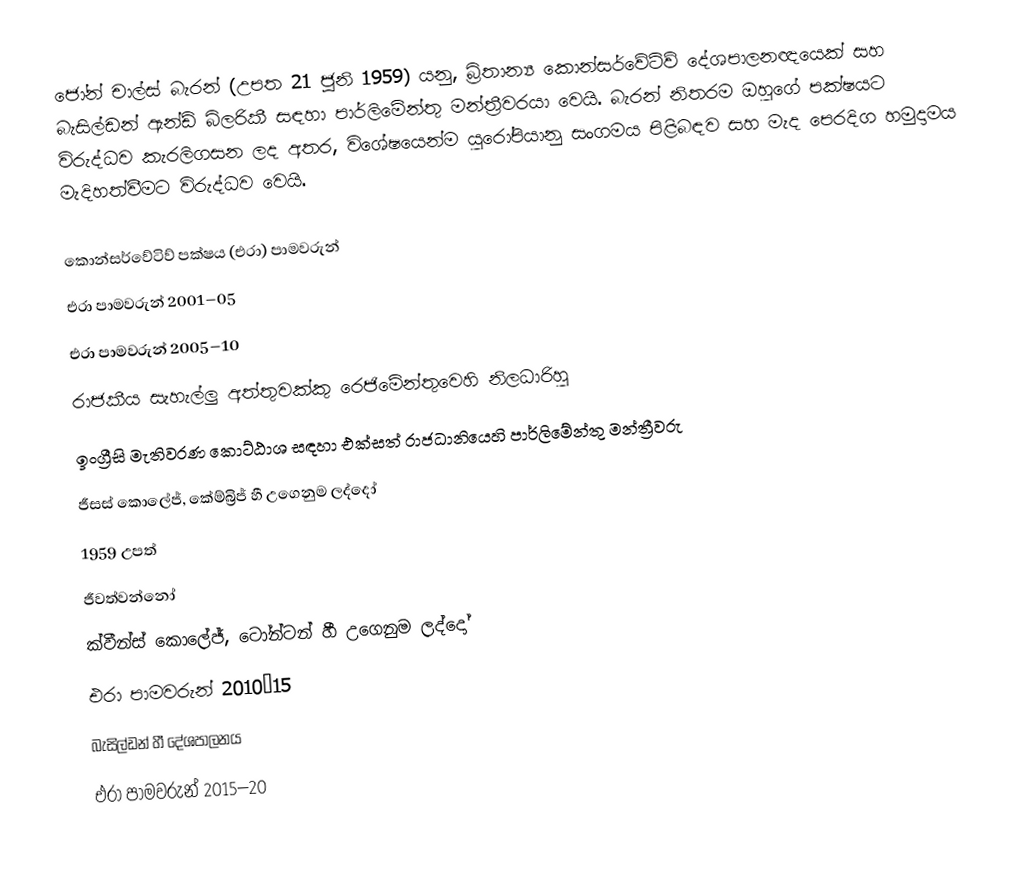
ජෝන් චාල්ස් බැරන් (උපත 21 ජූනි 1959) යනු,  බ්‍රිතාන්‍ය කොන්සර්වේටිව් දේශපාලනඥයෙක් සහ   බැසිල්ඩන් ඇන්ඩ් බිලරිකී සඳහා පාර්ලිමේන්තු මන්ත්‍රීවරයා වෙයි. බැරන් නිතරම ඔහුගේ පක්ෂයට විරුද්ධව කැරලිගසන ලද අතර, විශේෂයෙන්ම යුරෝපියානු සංගමය පිළිබඳව සහ මැද පෙරදිග හමුදාමය මැදිහත්වීමට විරුද්ධව වෙයි.

කොන්සර්වේටිව් පක්ෂය (එරා) පාමවරුන්
එරා පාමවරුන් 2001–05
එරා පාමවරුන් 2005–10
රාජකීය සැහැල්ලු අත්තුවක්කු රෙජිමේන්තුවෙහි නිලධාරිහු
ඉංග්‍රීසි මැතිවරණ කොට්ඨාශ සඳහා එක්සත් රාජධානියෙහි පාර්ලිමේන්තු මන්ත්‍රීවරු
 ජීසස් කොලේජ්, කේම්බ්‍රිජ් හී උගෙනුම ලද්දෝ
1959 උපත්
ජීවත්වන්නෝ
 ක්වීන්ස් කොලේජ්, ටෝන්ටන් හී උගෙනුම ලද්දෝ
එරා පාමවරුන් 2010–15
 බැසිල්ඩන් හී දේශපාලනය
එරා පාමවරුන් 2015–20